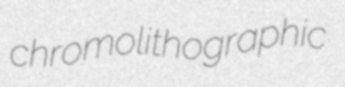
chromolithographic